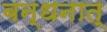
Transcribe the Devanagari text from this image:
बन्धनात्